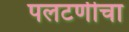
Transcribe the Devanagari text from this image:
पलटणीचा